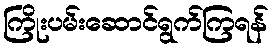
ကြိုးပမ်းဆောင်ရွက်ကြရန်